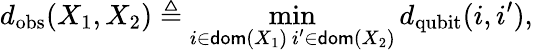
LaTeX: d_{\mathrm{obs}}(X_{1},X_{2})\triangleq\operatorname*{min}_{\substack{i\in\mathsf{dom}(X_{1})\, i^{\prime}\in\mathsf{dom}(X_{2})}}d_{\mathrm{qubit}}(i,i^{\prime}),